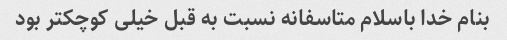
بنام خدا باسلام متاسفانه نسبت به قبل خیلی کوچکتر بود